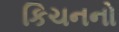
કિચનનો